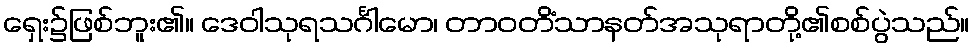
ရှေး၌ဖြစ်ဘူး၏။ ဒေဝါသုရသင်္ဂါမော၊ တာဝတိံသာနတ်အသုရာတို့၏စစ်ပွဲသည်။